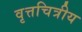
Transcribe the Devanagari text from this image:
वृत्तचित्रीय